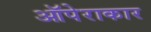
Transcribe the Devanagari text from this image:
ऑपेराकार